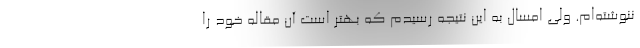
ننوشته‌ام. ولی امسال به این نتیجه رسیدم که بهتر است آن مقاله خود را